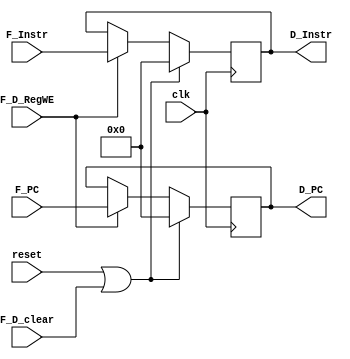
`timescale 1ns / 1ps
//////////////////////////////////////////////////////////////////////////////////
// Company: 
// Engineer: 
// 
// Design Name: 
// Module Name:    F_D 
// Project Name: 
// Target Devices: 
// Tool versions: 
// Description: 
//
// Dependencies: 
//
// Revision: 
// Revision 0.01 - File Created
// Additional Comments: 
//
//////////////////////////////////////////////////////////////////////////////////
module F_D(
    input clk,
    input reset,
    input F_D_RegWE,
    input F_D_clear,
    input [31:0] F_PC,
    input [31:0] F_Instr,

    output reg [31:0] D_PC,
    output reg [31:0] D_Instr
    );

    always @(posedge clk) begin
        if(reset == 1 || F_D_clear == 1)begin
            D_PC <= 32'b0;
            D_Instr <= 32'b0;
        end
		else  if(F_D_RegWE == 0)begin
			D_PC <= D_PC;
            D_Instr <= D_Instr;
		end
        else begin
            D_PC <= F_PC;
            D_Instr <= F_Instr;
        end
    end


endmodule